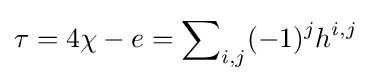
\tau =4\chi -e=\sum \nolimits _{i,j}(-1)^{j}h^{i,j}